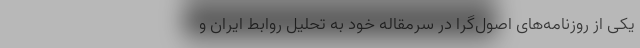
یکی از روزنامه‌های اصول‌گرا در سرمقاله خود به تحلیل روابط ایران و